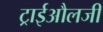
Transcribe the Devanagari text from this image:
ट्राईऔलजी